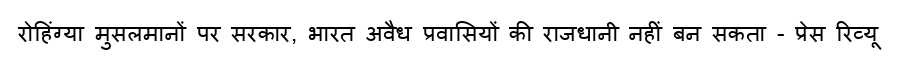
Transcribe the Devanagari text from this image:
रोहिंग्या मुसलमानों पर सरकार, भारत अवैध प्रवासियों की राजधानी नहीं बन सकता - प्रेस रिव्यू